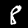
Digit: 8